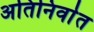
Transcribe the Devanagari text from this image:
अतिनिर्वात